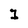
Character: 1